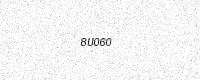
Text: 8U060